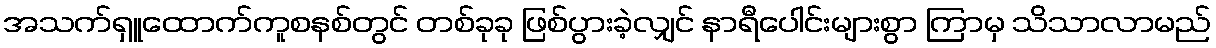
အသက်ရှူထောက်ကူစနစ်တွင် တစ်ခုခု ဖြစ်ပွားခဲ့လျှင် နာရီပေါင်းများစွာ ကြာမှ သိသာလာမည်